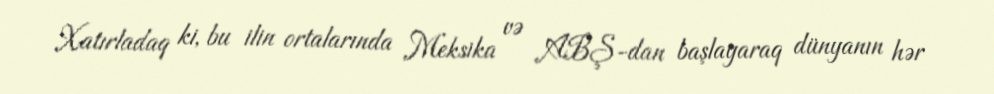
Xatırladaq ki, bu ilin ortalarında Meksika və ABŞ-dan başlayaraq dünyanın hər